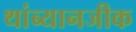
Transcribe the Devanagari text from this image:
थांब्यानजीक